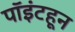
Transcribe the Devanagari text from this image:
पॉइंटहून